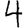
Digit: 4